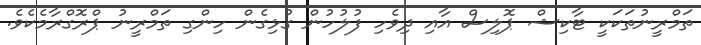
ތަމްރީނުތަކަކީ ޓާކިޝް ޕޮލިސް އާއި ދިވެހި ފުލުހުން ގުޅިގެން ހިންގި ތަމްރީނު ޕްރޮގްރާމެކެވެ.